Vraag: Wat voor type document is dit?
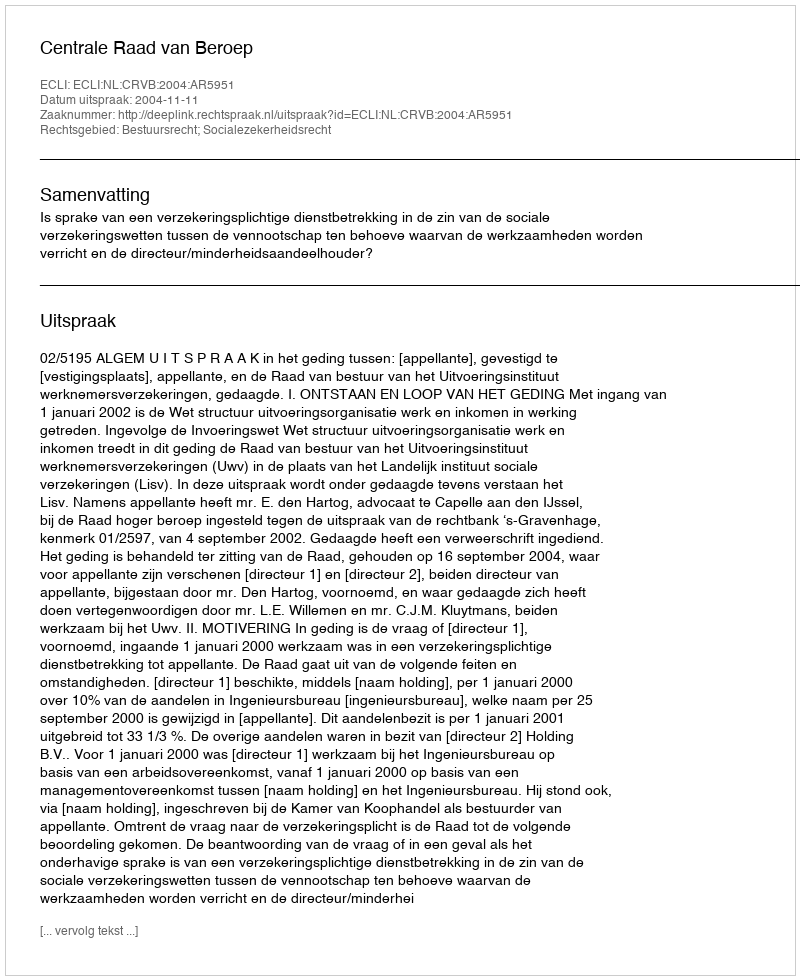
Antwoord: Uitspraak